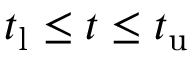
t _ { \mathrm { l } } \le t \le t _ { \mathrm { u } }